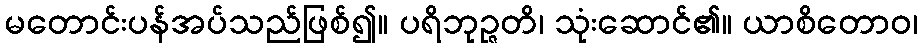
မတောင်းပန်အပ်သည်ဖြစ်၍။ ပရိဘုဉ္ဇတိ၊ သုံးဆောင်၏။ ယာစိတောဝ၊